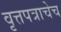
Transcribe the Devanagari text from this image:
वृत्तपत्राचेच